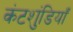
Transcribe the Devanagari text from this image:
कंटशुंडियाँ